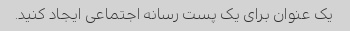
یک عنوان برای یک پست رسانه اجتماعی ایجاد کنید.